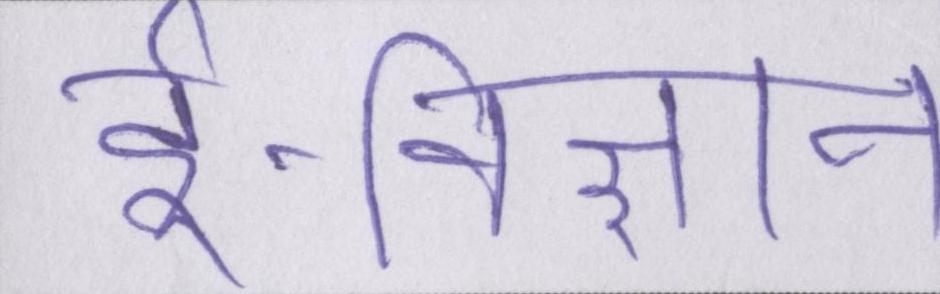
ई-विज्ञान